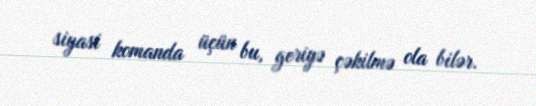
siyasi komanda üçün bu, geriyə çəkilmə ola bilər.